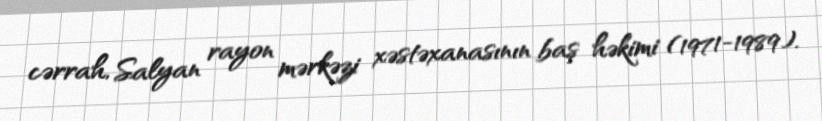
cərrah, Salyan rayon mərkəzi xəstəxanasının baş həkimi (1971-1989).